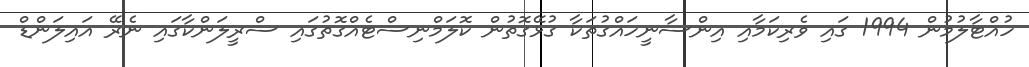
ހުއްޓާލުމުން 1994 ގައި ވެރިކަމާއި އިންސާނީހައްގުތަކާ ގުޅޭގޮތުން ކޮލަމްނިސްޓެއްގޮތުގައި ސްރީލަންކާގައި ނެރޭ އައިލަންޑް